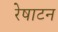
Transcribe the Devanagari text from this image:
रेषाटन